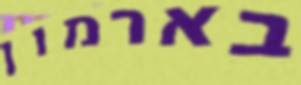
בארמון